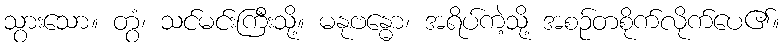
သွားသော။ တွံ၊ သင်မင်းကြီးသို့။ မနုဗန္ဓော၊ အရိပ်ကဲ့သို့ အစဉ်တစိုက်လိုက်ပေ၏။